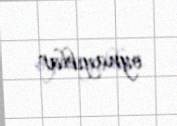
oynayıblar.